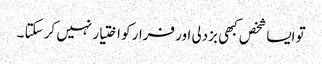
تو ایسا شخص کبھی بزدلی اور فرار کو اختیار نہیں کر سکتا ۔